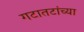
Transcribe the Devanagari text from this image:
गटातटांच्या